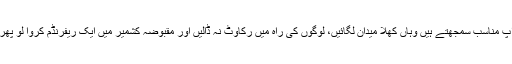
ان کا کہنا تھا کہ ‘سری نگر میں جس جگہ آپ مناسب سمجھتے ہیں وہاں کھلا میدان لگائیں، لوگوں کی راہ میں رکاوٹ نہ ڈالیں اور مقبوضہ کشمیر میں ایک ریفرنڈم کروا لو پھر دودھ کا دودھ اور پانی کا پانی ہوجائے گا’۔